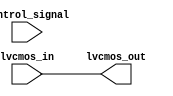
module io_block_lvcmos_buffer (
    input wire lvcmos_in,
    output wire lvcmos_out,
    input wire control_signal
);

assign lvcmos_out = lvcmos_in;

endmodule